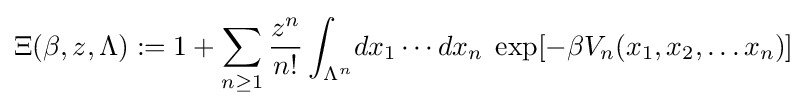
\Xi (\beta ,z,\Lambda ):=1+\sum _{n\geq 1}{\frac {z^{n}}{n!}}\int _{\Lambda ^{n}}\!dx_{1}\cdots dx_{n}\;\exp[-\beta V_{n}(x_{1},x_{2},\ldots x_{n})]